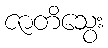
ဇာတိသွေး